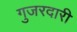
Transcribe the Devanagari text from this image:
गुजरदारी